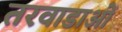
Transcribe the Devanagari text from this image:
तरवाडाओं